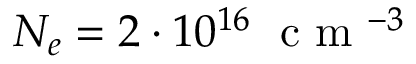
N _ { e } = 2 \cdot 1 0 ^ { 1 6 } \; \textrm { c m } ^ { - 3 }